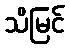
သိမြင်